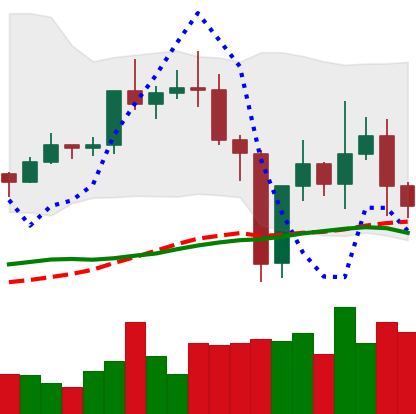
Ticker: TRX-USD
Chart end date: 2020-12-30
Forward return: 14.504%
Label: up_7plus